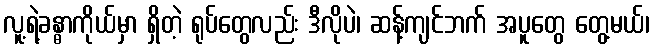
လူ့ရဲ့ခန္ဓာကိုယ်မှာ ရှိတဲ့ ရုပ်တွေလည်း ဒီလိုပဲ၊ ဆန့်ကျင်ဘက် အပူတွေ တွေ့မယ်၊